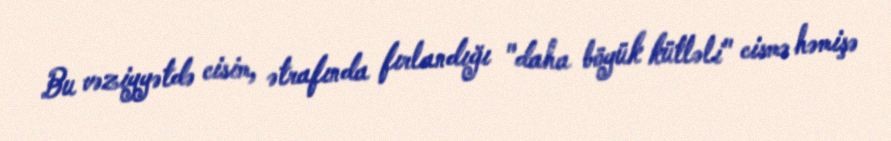
Bu vəziyyətdə cisim, ətrafında fırlandığı "daha böyük kütləli" cismə həmişə